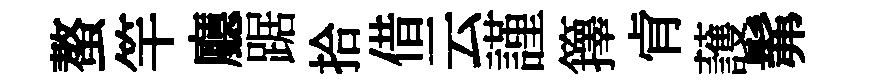
螯竿廳踞拾借云謹籜肻䕶髴